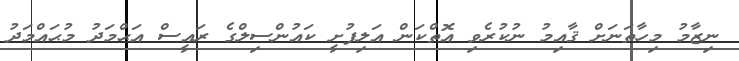
ނިޒާމު މިހާތަނަށް ޤާއިމު ނުކުރެވި އޮތްކަން އަލިފުށީ ކައުންސިލްގެ ރައީސް އަޙްމަދު މުޙައްމަދު